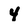
Character: 4